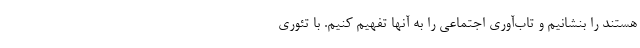
هستند را بنشانیم و تاب‌آوری اجتماعی را به آنها تفهیم کنیم. با تئوری